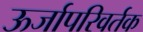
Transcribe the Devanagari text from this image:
ऊर्जापरिवर्तक